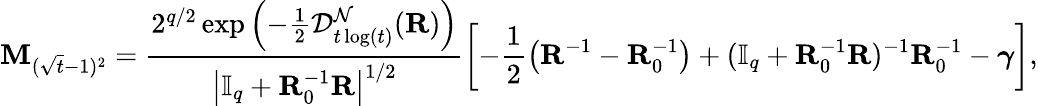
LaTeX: \mathbf{M}_{(\sqrt{t}-1)^{2}}=\frac{2^{q/2}\exp\left(-\frac{1}{2}\mathcal{D}_{t\log(t)}^{\mathcal{N}}(\mathbf{R})\right)}{\left|\mathbb{I}_{q}+\mathbf{R}_{0}^{-1}\mathbf{R}\right|^{1/2}}\left[-\frac{1}{2}\left(\mathbf{R}^{-1}-\mathbf{R}_{0}^{-1}\right)+(\mathbb{I}_{q}+\mathbf{R}_{0}^{-1}\mathbf{R})^{-1}\mathbf{R}_{0}^{-1}-\boldsymbol{\gamma}\right],